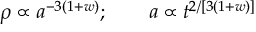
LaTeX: \rho \propto a ^ { - 3 ( 1 + w ) } ; \qquad a \propto t ^ { 2 / [ 3 ( 1 + w ) ] }